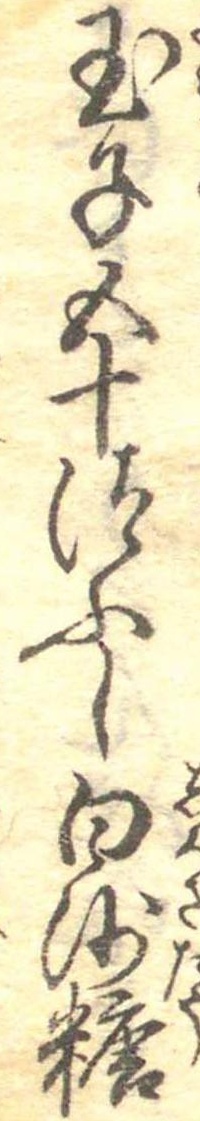
玉子五十つふし白沙糖